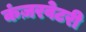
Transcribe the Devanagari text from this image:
कंज़रवेटरी